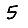
Digit: 5